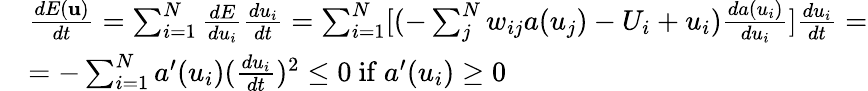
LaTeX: \begin{array}{rl}&{\frac{dE(\mathbf{u})}{dt}=\sum_{i=1}^{N}\frac{dE}{du_{i}}\frac{du_{i}}{dt}=\sum_{i=1}^{N}[(-\sum_{j}^{N}w_{ij}a(u_{j})-U_{i}+u_{i})\frac{da(u_{i})}{du_{i}}]\frac{du_{i}}{dt}=}\\ &{=-\sum_{i=1}^{N}a^{\prime}(u_{i})(\frac{du_{i}}{dt})^{2}\leq 0\mathrm{~if~}a^{\prime}(u_{i})\geq 0}\end{array}